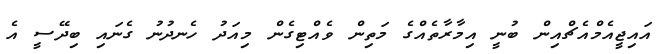
އައިޖީއެމްއެޗްއިން ބުނީ އިމާރާތެއްގެ މަތިން ވެއްޓިގެން މިއަދު ހެނދުނު ގެނައި ބިދޭސީ އެ